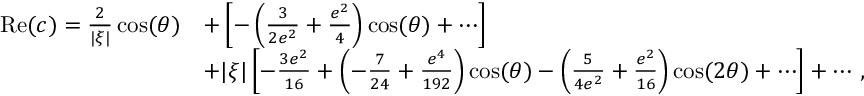
\begin{array} { r l } { \mathrm { R e } ( c ) = { \frac { 2 } { | \xi | } } \cos ( \theta ) } & { + \left[ - \left( { \frac { 3 } { 2 e ^ { 2 } } } + { \frac { e ^ { 2 } } { 4 } } \right) \cos ( \theta ) + \cdots \right] } \\ & { + | \xi | \left[ - { \frac { 3 e ^ { 2 } } { 1 6 } } + \left( - { \frac { 7 } { 2 4 } } + { \frac { e ^ { 4 } } { 1 9 2 } } \right) \cos ( \theta ) - \left( { \frac { 5 } { 4 e ^ { 2 } } } + { \frac { e ^ { 2 } } { 1 6 } } \right) \cos ( 2 \theta ) + \cdots \right] + \cdots \, , } \end{array}